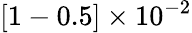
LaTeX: [1-0.5]\times 10^{-2}